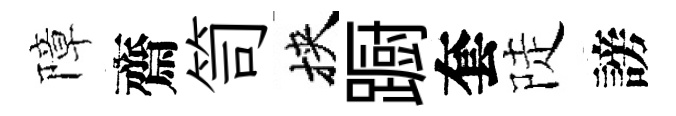
障齋笥挾蹰套陡謗